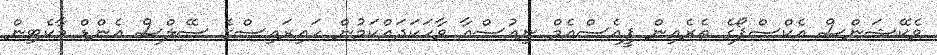
ވެކޭޝަންސް އެކްސްޕޯގެ ތެރެއިން ޕީއެސްއެމް ނިއުސްއާ ވާހަކަދައްކަމުން ހައިރައިސްގެ ސޭލްސް އެންޑް މާކެޓިން